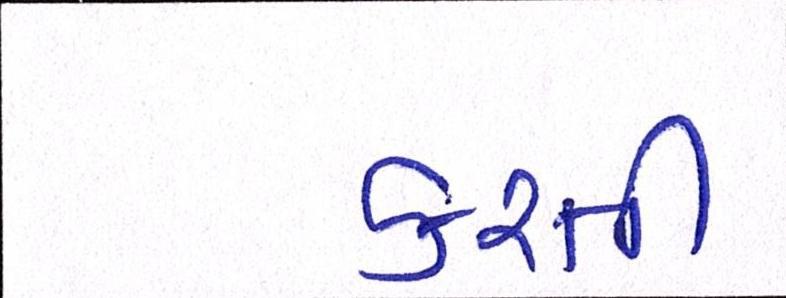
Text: કરતી